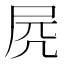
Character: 𡱂